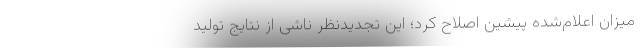
میزان اعلام‌شده پیشین اصلاح کرد؛ این تجدیدنظر ناشی از نتایج تولید